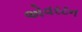
એવરટન